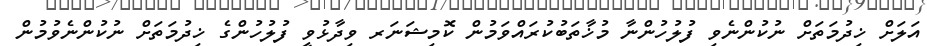
އަލަށް ޚިދުމަތަށް ނުކުންނެވި ފުލުހުންނާ މުޚާތަބުކުރައްވަމުން ކޮމިޝަނަރ ވިދާޅުވީ ފުލުހުންގެ ޚިދުމަތަށް ނުކުންނެވުމުން